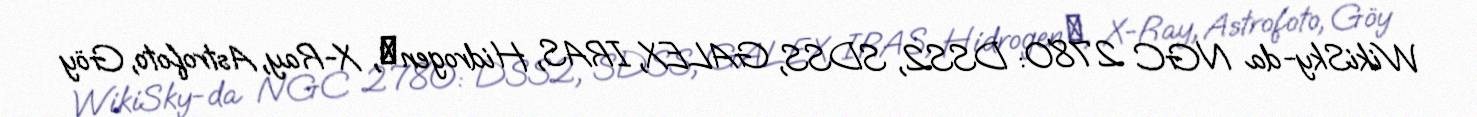
WikiSky-da NGC 2780: DSS2, SDSS, GALEX, IRAS, Hidrogen α, X-Ray, Astrofoto, Göy